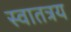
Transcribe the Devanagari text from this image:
स्वातत्रय